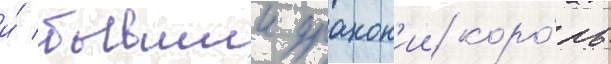
и́ бывшии дракон'ии коро́ль